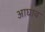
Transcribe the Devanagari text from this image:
आघाव